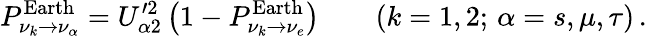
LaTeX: P_{\nu_{k}\to\nu_{\alpha}}^{\mathrm{Earth}}=U_{\alpha 2}^{\prime 2}\left(1-P_{\nu_{k}\to\nu_{e}}^{\mathrm{Earth}}\right)\qquad(k=1,2;\, \alpha=s,\mu,\tau)\, .